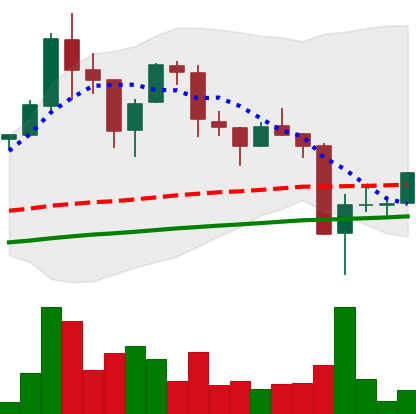
Ticker: LTC-USD
Chart end date: 2017-09-18
Forward return: -11.263%
Label: down_7plus